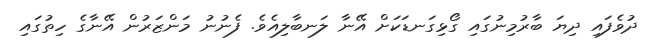
ދުވެފައި ދިޔަ ބާރުމިނުގައި ގޯޅިގަނޑަކަށް އޭނާ ލަނބާލިއެވެ. ފެނުނު މަންޒަރުން އޭނާގެ ހިތުގައި